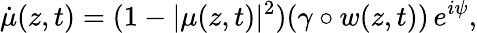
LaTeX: \dot{\mu}(z,t)=(1-|\mu(z,t)|^{2})(\gamma\circ w(z,t))\, e^{i\psi},